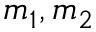
m _ { 1 } , m _ { 2 }